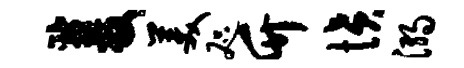
双美咫竹愤溺